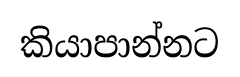
කියාපාන්නට